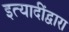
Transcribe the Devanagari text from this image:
इत्यादींद्वारा